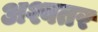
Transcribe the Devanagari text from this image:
अश्वतर